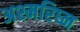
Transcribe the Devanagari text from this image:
अश्मरिघ्न